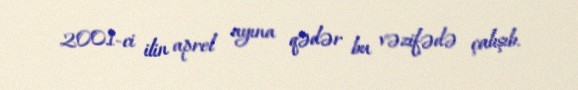
2001-ci ilin aprel ayına qədər bu vəzifədə çalışıb.